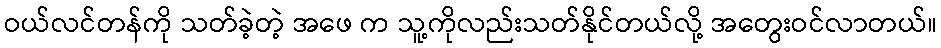
ဝယ်လင်တန်ကို သတ်ခဲ့တဲ့ အဖေ က သူ့ကိုလည်းသတ်နိုင်တယ်လို့ အတွေးဝင်လာတယ်။